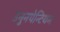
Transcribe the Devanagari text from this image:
उनुनपेन्टियम